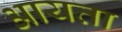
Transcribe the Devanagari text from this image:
आयता